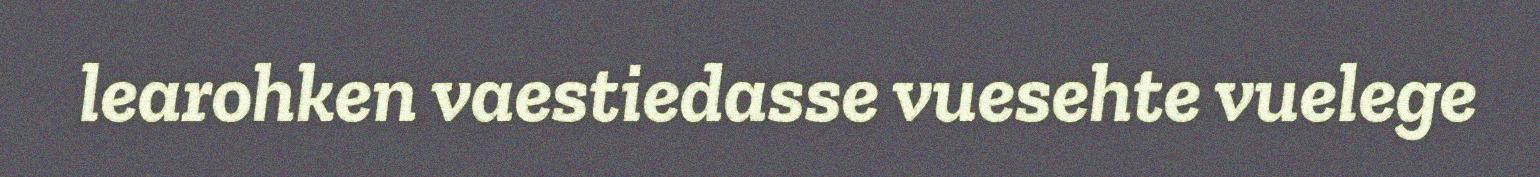
learohken vaestiedasse vuesehte vuelege